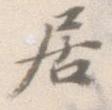
居